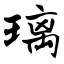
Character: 璃